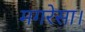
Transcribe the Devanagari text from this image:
मगरेसा।